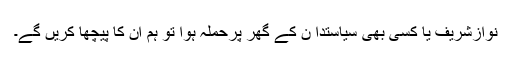
نوازشریف یا کسی بھی سیاستدا ن کے گھر پرحملہ ہوا تو ہم ان کا پیچھا کریں گے۔